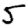
Digit: 5